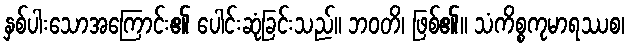
နှစ်ပါးသောအကြောင်း၏ ပေါင်းဆုံခြင်းသည်။ ဘဝတိ၊ ဖြစ်၏။ သံကိစ္စကုမာရဿစ၊